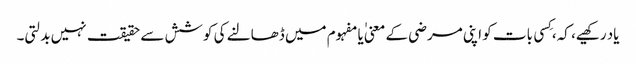
یاد رکھیے، کہ، کِسی بات کو اپنی مرضی کے معنی ٰیا مفہوم میں ڈھالنے کی کوشش سے حقیقت نہیں بدلتی۔